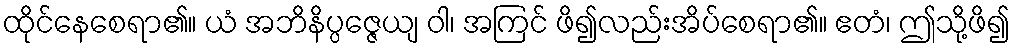
ထိုင်နေစေရာ၏။ ယံ အဘိနိပ္ပဇ္ဇေယျ ဝါ၊ အကြင် ဖိ၍လည်းအိပ်စေရာ၏။ ဧတံ၊ ဤသို့ဖိ၍